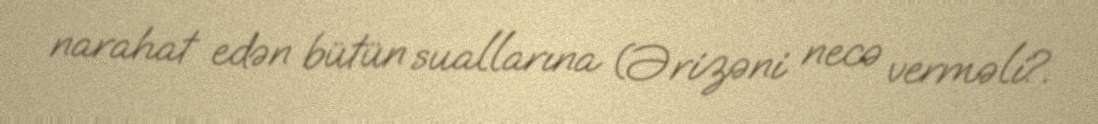
narahat edən bütün suallarına (Ərizəni necə verməli?.